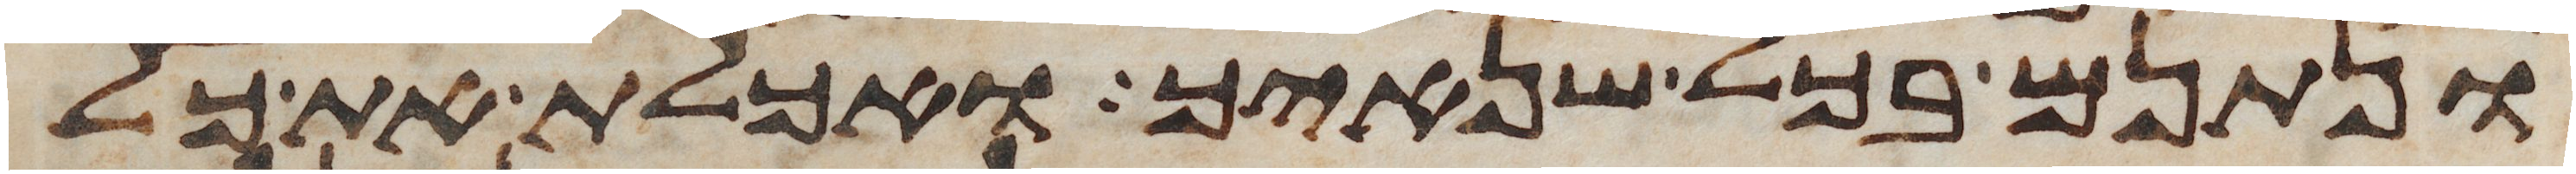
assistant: ונתנם בכל שנאיך ואכלת את כל